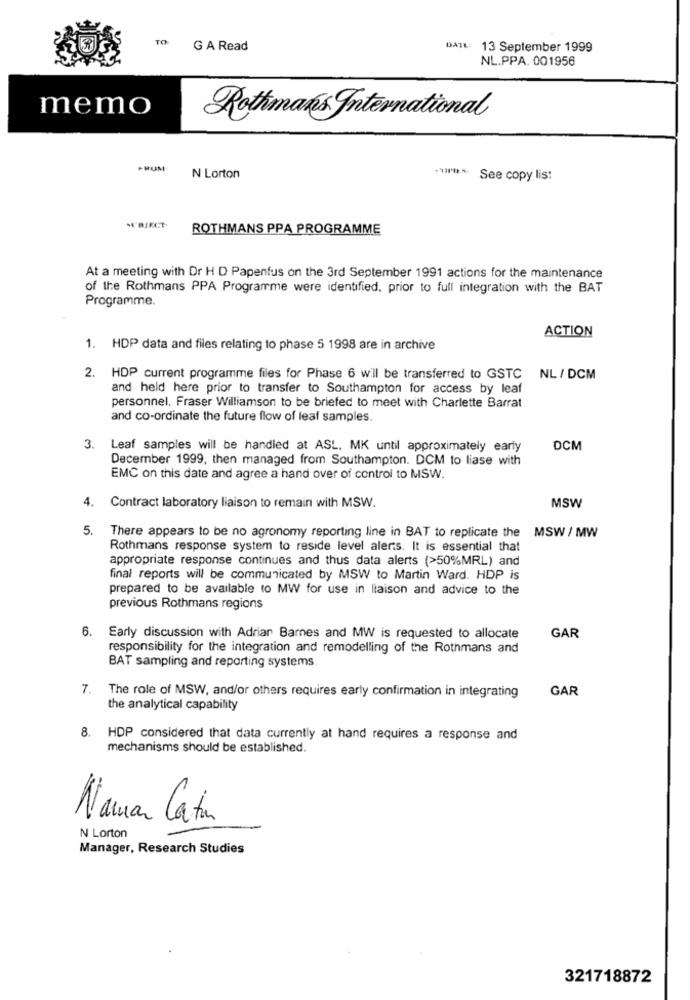
TO:
G A Read
DATE: 13 September 1999
NL.PPA. 001956
memo
Rothman's International
PROM'
N Lorton
***** See copy lis!
S'BJECT.
ROTHMANS PPA PROGRAMME
At a meeting with Dr H D Papenfus on the 3rd September 1991 actions for the maintenance
of the Rothmans PPA Programme were identified, prior to full integration with the BAT
Programme.
ACTION
1. HDP data and files relating to phase 5 1998 are in archive
2. HDP current programme files for Phase 6 will be transferred to GSTC NL/ DCM
and held here prior to transfer to Southampton for access by leaf
personnel, Fraser Williamson to be briefed to meet with Charlette Barrat
and co-ordinate the future flow of leaf samples.
3.
Leaf samples will be handled at ASL, MK until approximately early
DCM
December 1999, then managed from Southampton. DCM to liase with
EMC on this date and agree a hand over of control to MSW.
4. Contract laboratory liaison to remain with MSW.
MSW
5. There appears to be no agronomy reporting line in BAT to replicate the MSW / MW
Rothmans response system to reside level alens. It is essential that
appropriate response continues and thus data alerts (>50%MRL) and
final reports will be communicated by MSW to Martin Ward. HDP is
prepared to be available to MW for use in liaison and advice to the
previous Rothmans regions
6.
Early discussion with Adriar Barnes and MW is requested to allocate
GAR
responsibility for the integration and remodelling of the Rothmans and
BAT sampling and reporting systems
7. The role of MSW, and/or others requires early confirmation in integrating
GAR
the analytical capability
8. HDP considered that data currently at hand requires a response and
mechanisms should be established.
Maman Catan
N Lorton
Manager, Research Studies
321718872